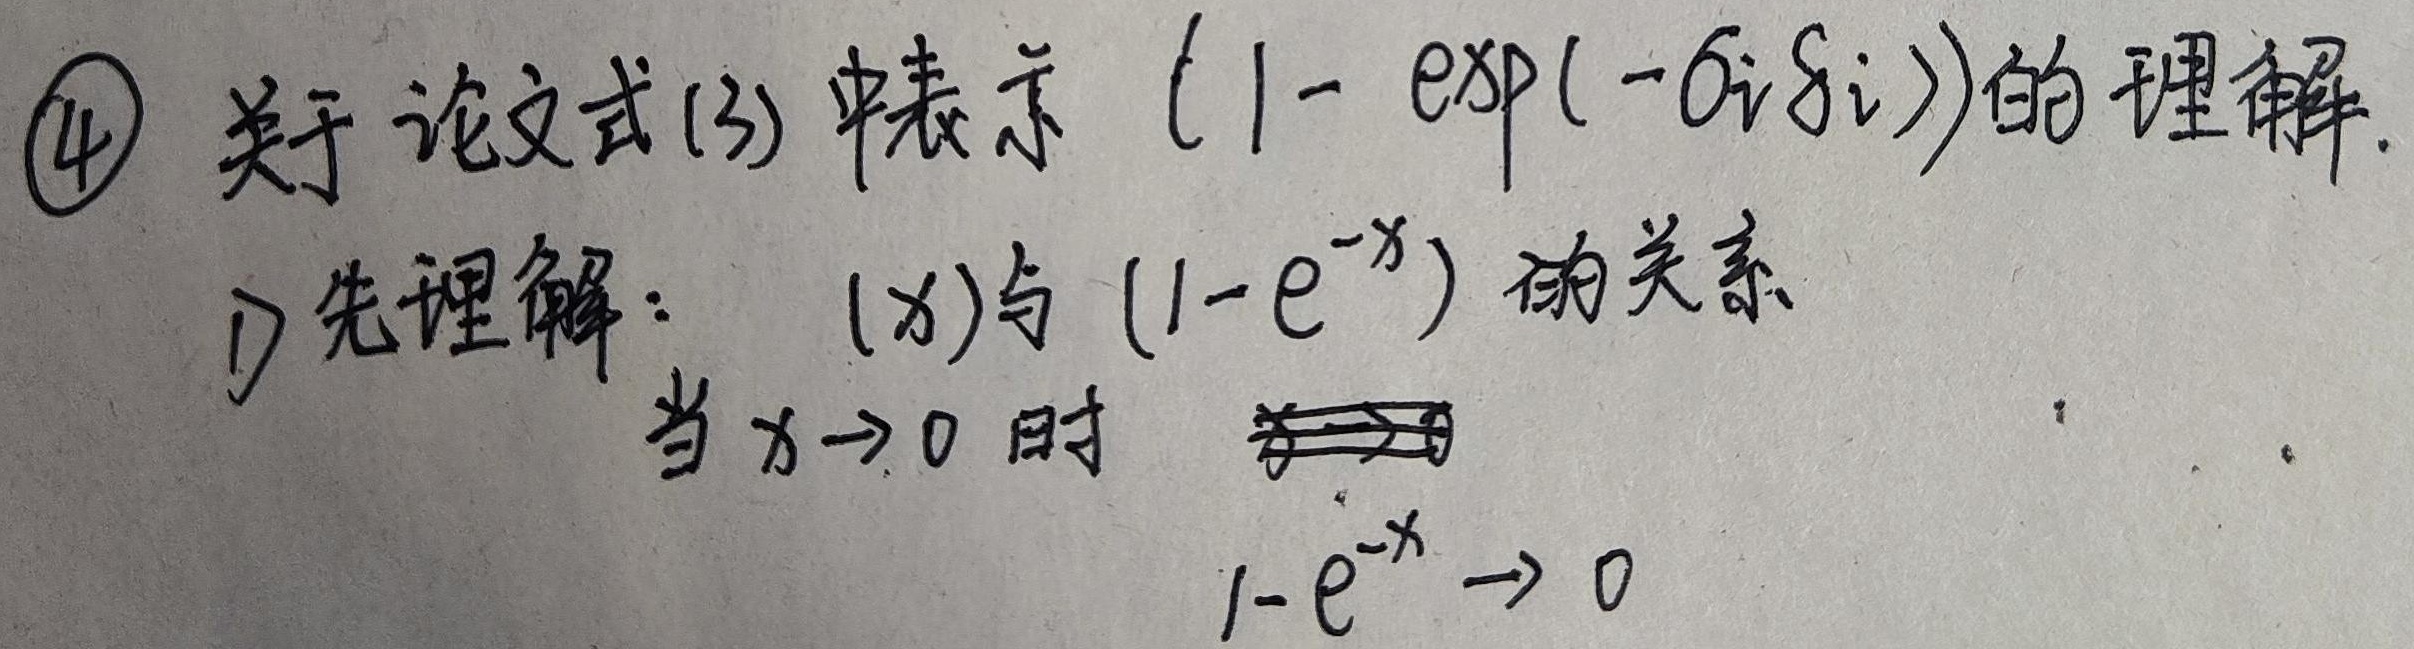
\(\textcircled{4}\) 关于论文式(3) 中表示 \((1 - \exp(-\delta_i \xi_i))\) 的理解。
1) 先理解：\((x)\)与 \((1 - e^{-x})\) 的关系。当 \(x\rightarrow 0\) 时，\(1 - e^{-x} \rightarrow 0\)